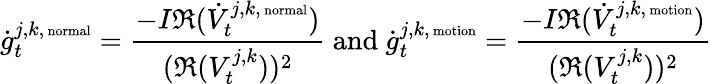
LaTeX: \dot{g}_{t}^{j,k,\mathrm{\scriptsize~normal}}=\frac{-I\mathfrak R(\dot{V}_{t}^{j,k,\mathrm{\scriptsize~normal}})}{(\mathfrak R(V_{t}^{j,k}))^{2}}\mathrm{~and~}\dot{g}_{t}^{j,k,\mathrm{\scriptsize~motion}}=\frac{-I\mathfrak R(\dot{V}_{t}^{j,k,\mathrm{\scriptsize~motion}})}{(\mathfrak R(V_{t}^{j,k}))^{2}}